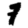
Digit: 7